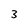
Character: 3